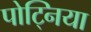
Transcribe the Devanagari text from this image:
पोट्निया